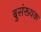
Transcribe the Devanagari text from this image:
बुसंख्यक